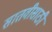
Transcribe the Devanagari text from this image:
सातवीसाठी